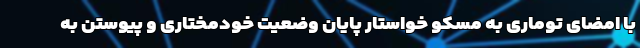
با امضای توماری به مسکو خواستار پایان وضعیت خودمختاری و پیوستن به